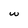
Character: w